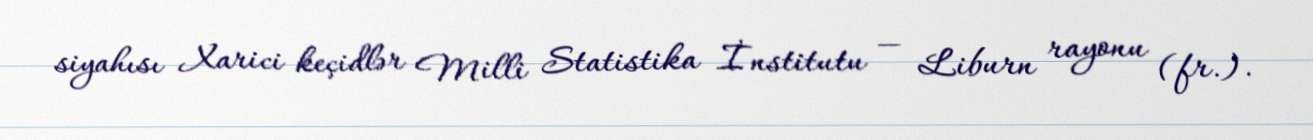
siyahısı Xarici keçidlər Milli Statistika İnstitutu — Liburn rayonu (fr.).